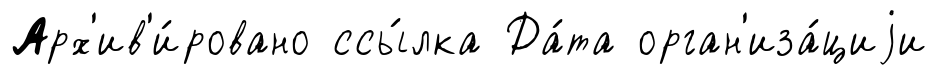
Арх'ив'и́ровано ссы́лка Да́та орган'иза́циjи